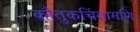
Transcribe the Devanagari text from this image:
कौतुकचिंतामणि